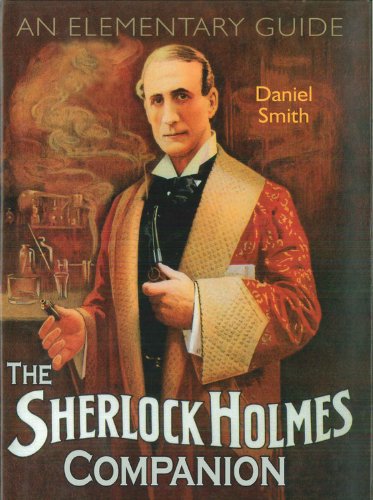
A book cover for The Sherlock Holmes Companion; Daniel Smith; Humor & Entertainment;